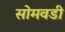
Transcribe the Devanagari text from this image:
सोमवडी